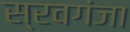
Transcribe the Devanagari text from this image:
स्रवगंजा